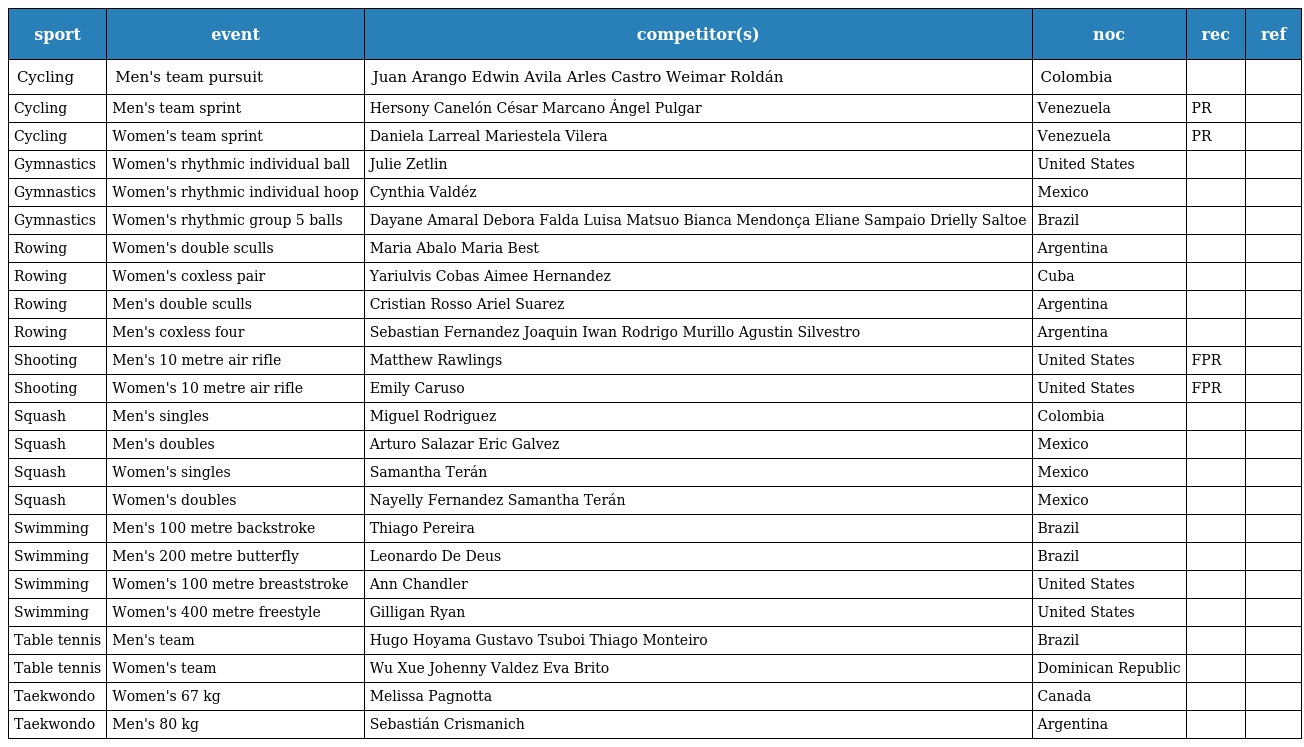
| sport | event | competitor(s) | noc | rec | ref |
 | --- | --- | --- | --- | --- | --- |
 | Cycling | Men's team pursuit | Juan Arango Edwin Avila Arles Castro Weimar Roldán | Colombia |  |  |
 | Cycling | Men's team sprint | Hersony Canelón César Marcano Ángel Pulgar | Venezuela | PR |  |
 | Cycling | Women's team sprint | Daniela Larreal Mariestela Vilera | Venezuela | PR |  |
 | Gymnastics | Women's rhythmic individual ball | Julie Zetlin | United States |  |  |
 | Gymnastics | Women's rhythmic individual hoop | Cynthia Valdéz | Mexico |  |  |
 | Gymnastics | Women's rhythmic group 5 balls | Dayane Amaral Debora Falda Luisa Matsuo Bianca Mendonça Eliane Sampaio Drielly Saltoe | Brazil |  |  |
 | Rowing | Women's double sculls | Maria Abalo Maria Best | Argentina |  |  |
 | Rowing | Women's coxless pair | Yariulvis Cobas Aimee Hernandez | Cuba |  |  |
 | Rowing | Men's double sculls | Cristian Rosso Ariel Suarez | Argentina |  |  |
 | Rowing | Men's coxless four | Sebastian Fernandez Joaquin Iwan Rodrigo Murillo Agustin Silvestro | Argentina |  |  |
 | Shooting | Men's 10 metre air rifle | Matthew Rawlings | United States | FPR |  |
 | Shooting | Women's 10 metre air rifle | Emily Caruso | United States | FPR |  |
 | Squash | Men's singles | Miguel Rodriguez | Colombia |  |  |
 | Squash | Men's doubles | Arturo Salazar Eric Galvez | Mexico |  |  |
 | Squash | Women's singles | Samantha Terán | Mexico |  |  |
 | Squash | Women's doubles | Nayelly Fernandez Samantha Terán | Mexico |  |  |
 | Swimming | Men's 100 metre backstroke | Thiago Pereira | Brazil |  |  |
 | Swimming | Men's 200 metre butterfly | Leonardo De Deus | Brazil |  |  |
 | Swimming | Women's 100 metre breaststroke | Ann Chandler | United States |  |  |
 | Swimming | Women's 400 metre freestyle | Gilligan Ryan | United States |  |  |
 | Table tennis | Men's team | Hugo Hoyama Gustavo Tsuboi Thiago Monteiro | Brazil |  |  |
 | Table tennis | Women's team | Wu Xue Johenny Valdez Eva Brito | Dominican Republic |  |  |
 | Taekwondo | Women's 67 kg | Melissa Pagnotta | Canada |  |  |
 | Taekwondo | Men's 80 kg | Sebastián Crismanich | Argentina |  |  |